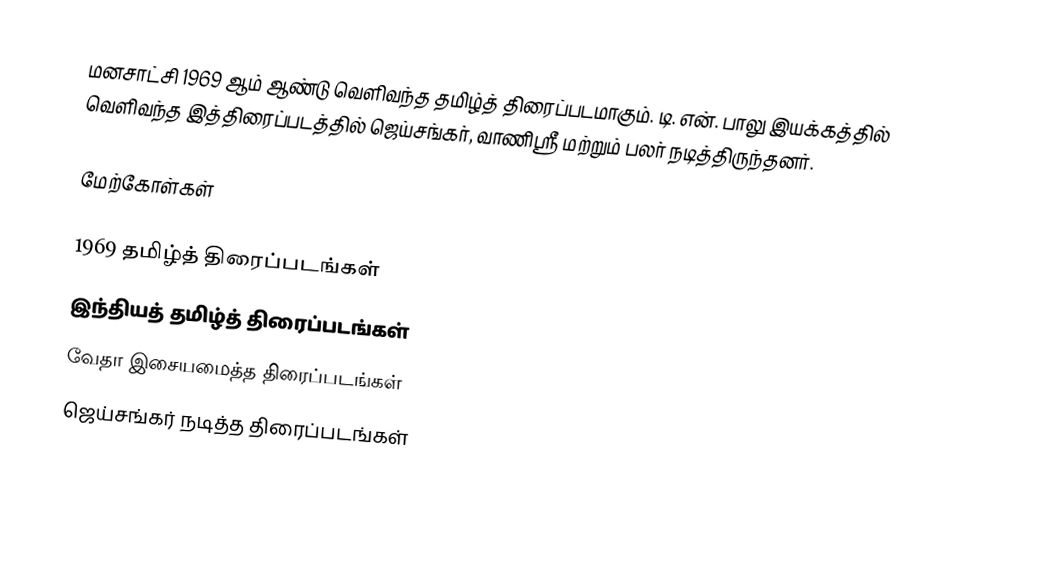
மனசாட்சி 1969 ஆம் ஆண்டு வெளிவந்த தமிழ்த் திரைப்படமாகும். டி. என். பாலு இயக்கத்தில் வெளிவந்த இத்திரைப்படத்தில் ஜெய்சங்கர், வாணிஸ்ரீ மற்றும் பலர் நடித்திருந்தனர்.

மேற்கோள்கள்

1969 தமிழ்த் திரைப்படங்கள்
இந்தியத் தமிழ்த் திரைப்படங்கள்
வேதா இசையமைத்த திரைப்படங்கள்
ஜெய்சங்கர் நடித்த திரைப்படங்கள்